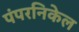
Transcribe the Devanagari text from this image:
पंपरनिकेल